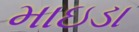
માઇડા